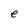
Character: e